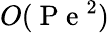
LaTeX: O(\mathrm{~P~e~}^{2})